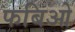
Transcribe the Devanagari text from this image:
फबिओ